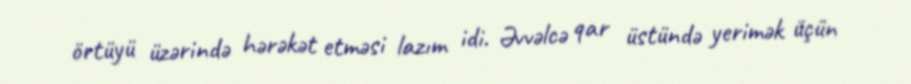
örtüyü üzərində hərəkət etməsi lazım idi. Əvvəlcə qar üstündə yerimək üçün